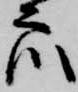
衆